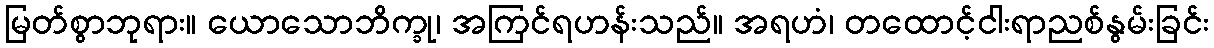
မြတ်စွာဘုရား။ ယောသောဘိက္ခု၊ အကြင်ရဟန်းသည်။ အရဟံ၊ တထောင့်ငါးရာညစ်နွမ်းခြင်း